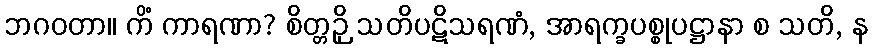
ဘဂဝတာ။ ကိံ ကာရဏာ? စိတ္တဉှိ သတိပဋိသရဏံ, အာရက္ခပစ္စုပဋ္ဌာနာ စ သတိ, န